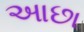
આછા